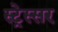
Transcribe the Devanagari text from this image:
स्ट्रेस्सर